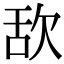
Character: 𣢯